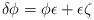
\begin{align*}\delta \phi = \phi \epsilon + \epsilon \zeta\end{align*}